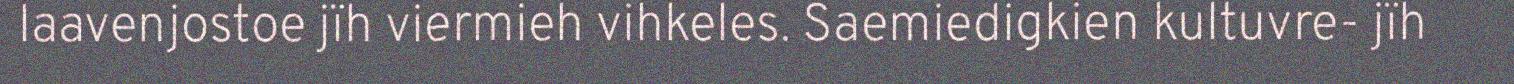
laavenjostoe jïh viermieh vihkeles. Saemiedigkien kultuvre- jïh